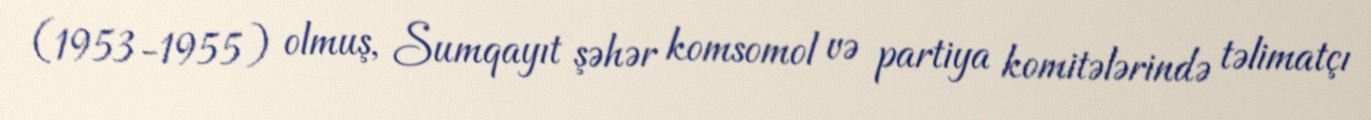
(1953-1955) olmuş, Sumqayıt şəhər komsomol və partiya komitələrində təlimatçı